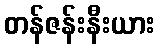
တန်ဇန်းနီးယား